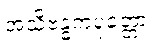
အသိဗန္ဓကပုတ္တော